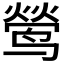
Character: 𮹘